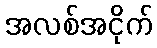
အလစ်အငိုက်